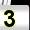
Digit: 3